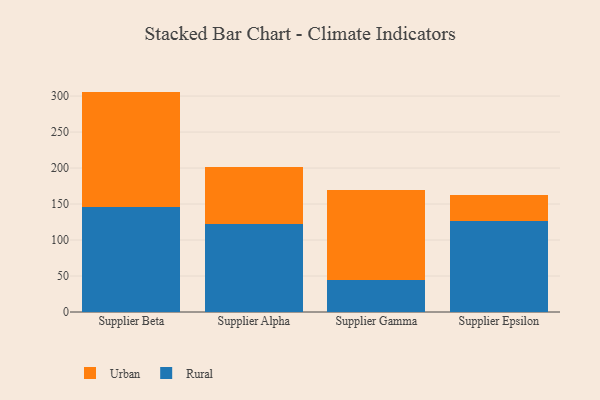
{"axis": {"x": "Supplier", "y": "Tickets Resolved"}, "legend": ["Rural", "Urban"], "data": [{"x": "Supplier Beta", "y": 145.4, "type": "Rural"}, {"x": "Supplier Beta", "y": 160.8, "type": "Urban"}, {"x": "Supplier Alpha", "y": 121.8, "type": "Rural"}, {"x": "Supplier Alpha", "y": 79.0, "type": "Urban"}, {"x": "Supplier Gamma", "y": 44.4, "type": "Rural"}, {"x": "Supplier Gamma", "y": 124.9, "type": "Urban"}, {"x": "Supplier Epsilon", "y": 126.0, "type": "Rural"}, {"x": "Supplier Epsilon", "y": 36.6, "type": "Urban"}]}